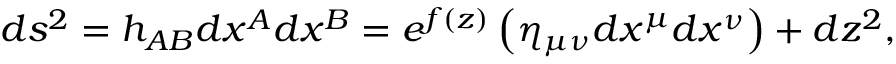
d s ^ { 2 } = h _ { A B } d x ^ { A } d x ^ { B } = e ^ { f ( z ) } \left( \eta _ { \mu \nu } d x ^ { \mu } d x ^ { \nu } \right) + d z ^ { 2 } ,